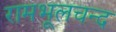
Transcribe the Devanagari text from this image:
रामभूलचन्द